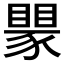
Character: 𬥅